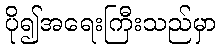
ပို၍အရေးကြီးသည်မှာ